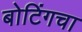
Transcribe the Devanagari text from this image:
बोटिंगचा